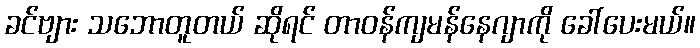
ခင်ဗျား သဘောတူတယ် ဆိုရင် တာဝန်ကျမန်နေဂျာကို ခေါ်ပေးမယ်။